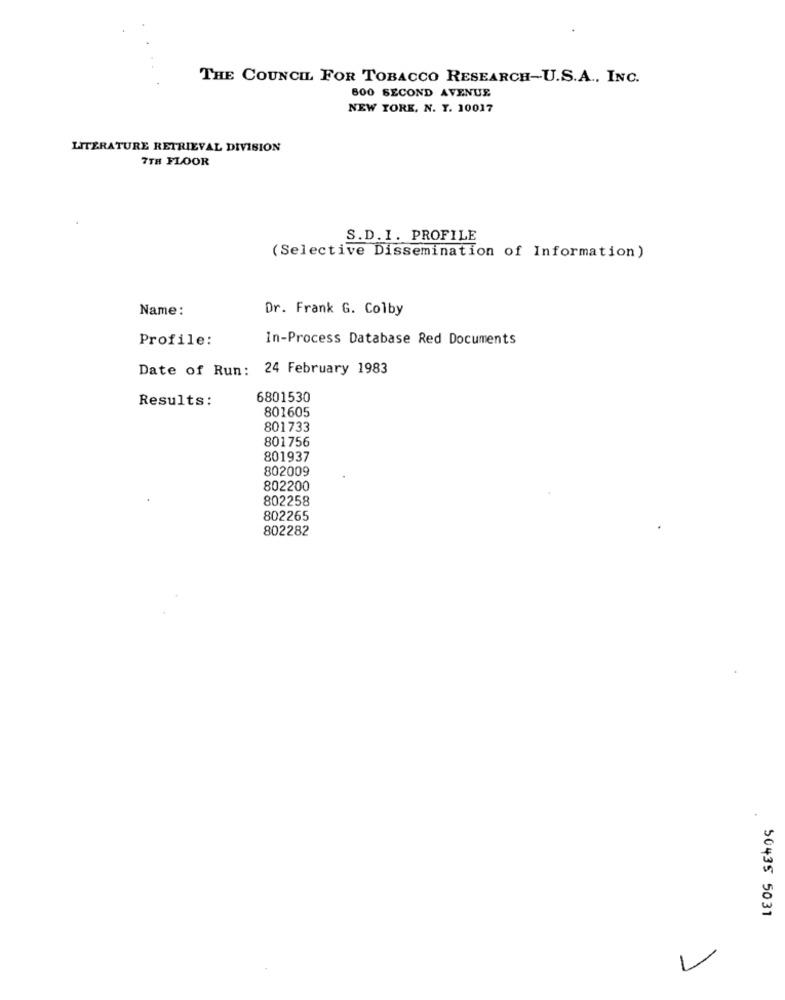
THE COUNCIL FOR TOBACCO RESEARCH-U.S.A ., INC.
800 SECOND AVENUE
NEW YORK, N. Y. 10017
LITERATURE RETRIEVAL DIVISION
7TH FLOOR
S.D.I. PROFILE
(Selective Dissemination of Information)
Name:
Dr. Frank G. Colby
Profile:
In-Process Database Red Documents
Date of Run: 24 February 1983
Results:
6801530
801605
801733
801756
801937
802009
802200
802258
802265
802282
50435 5031